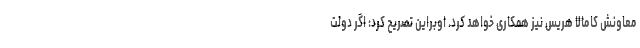
معاونش کامالا هریس نیز همکاری خواهد کرد. اوبراین تصریح کرد: اگر دولت